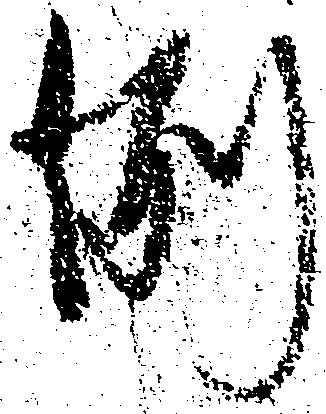
例